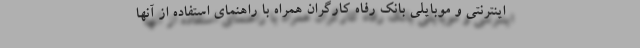
اینترنتی و موبایلی بانک رفاه کارگران همراه با راهنمای استفاده از آنها